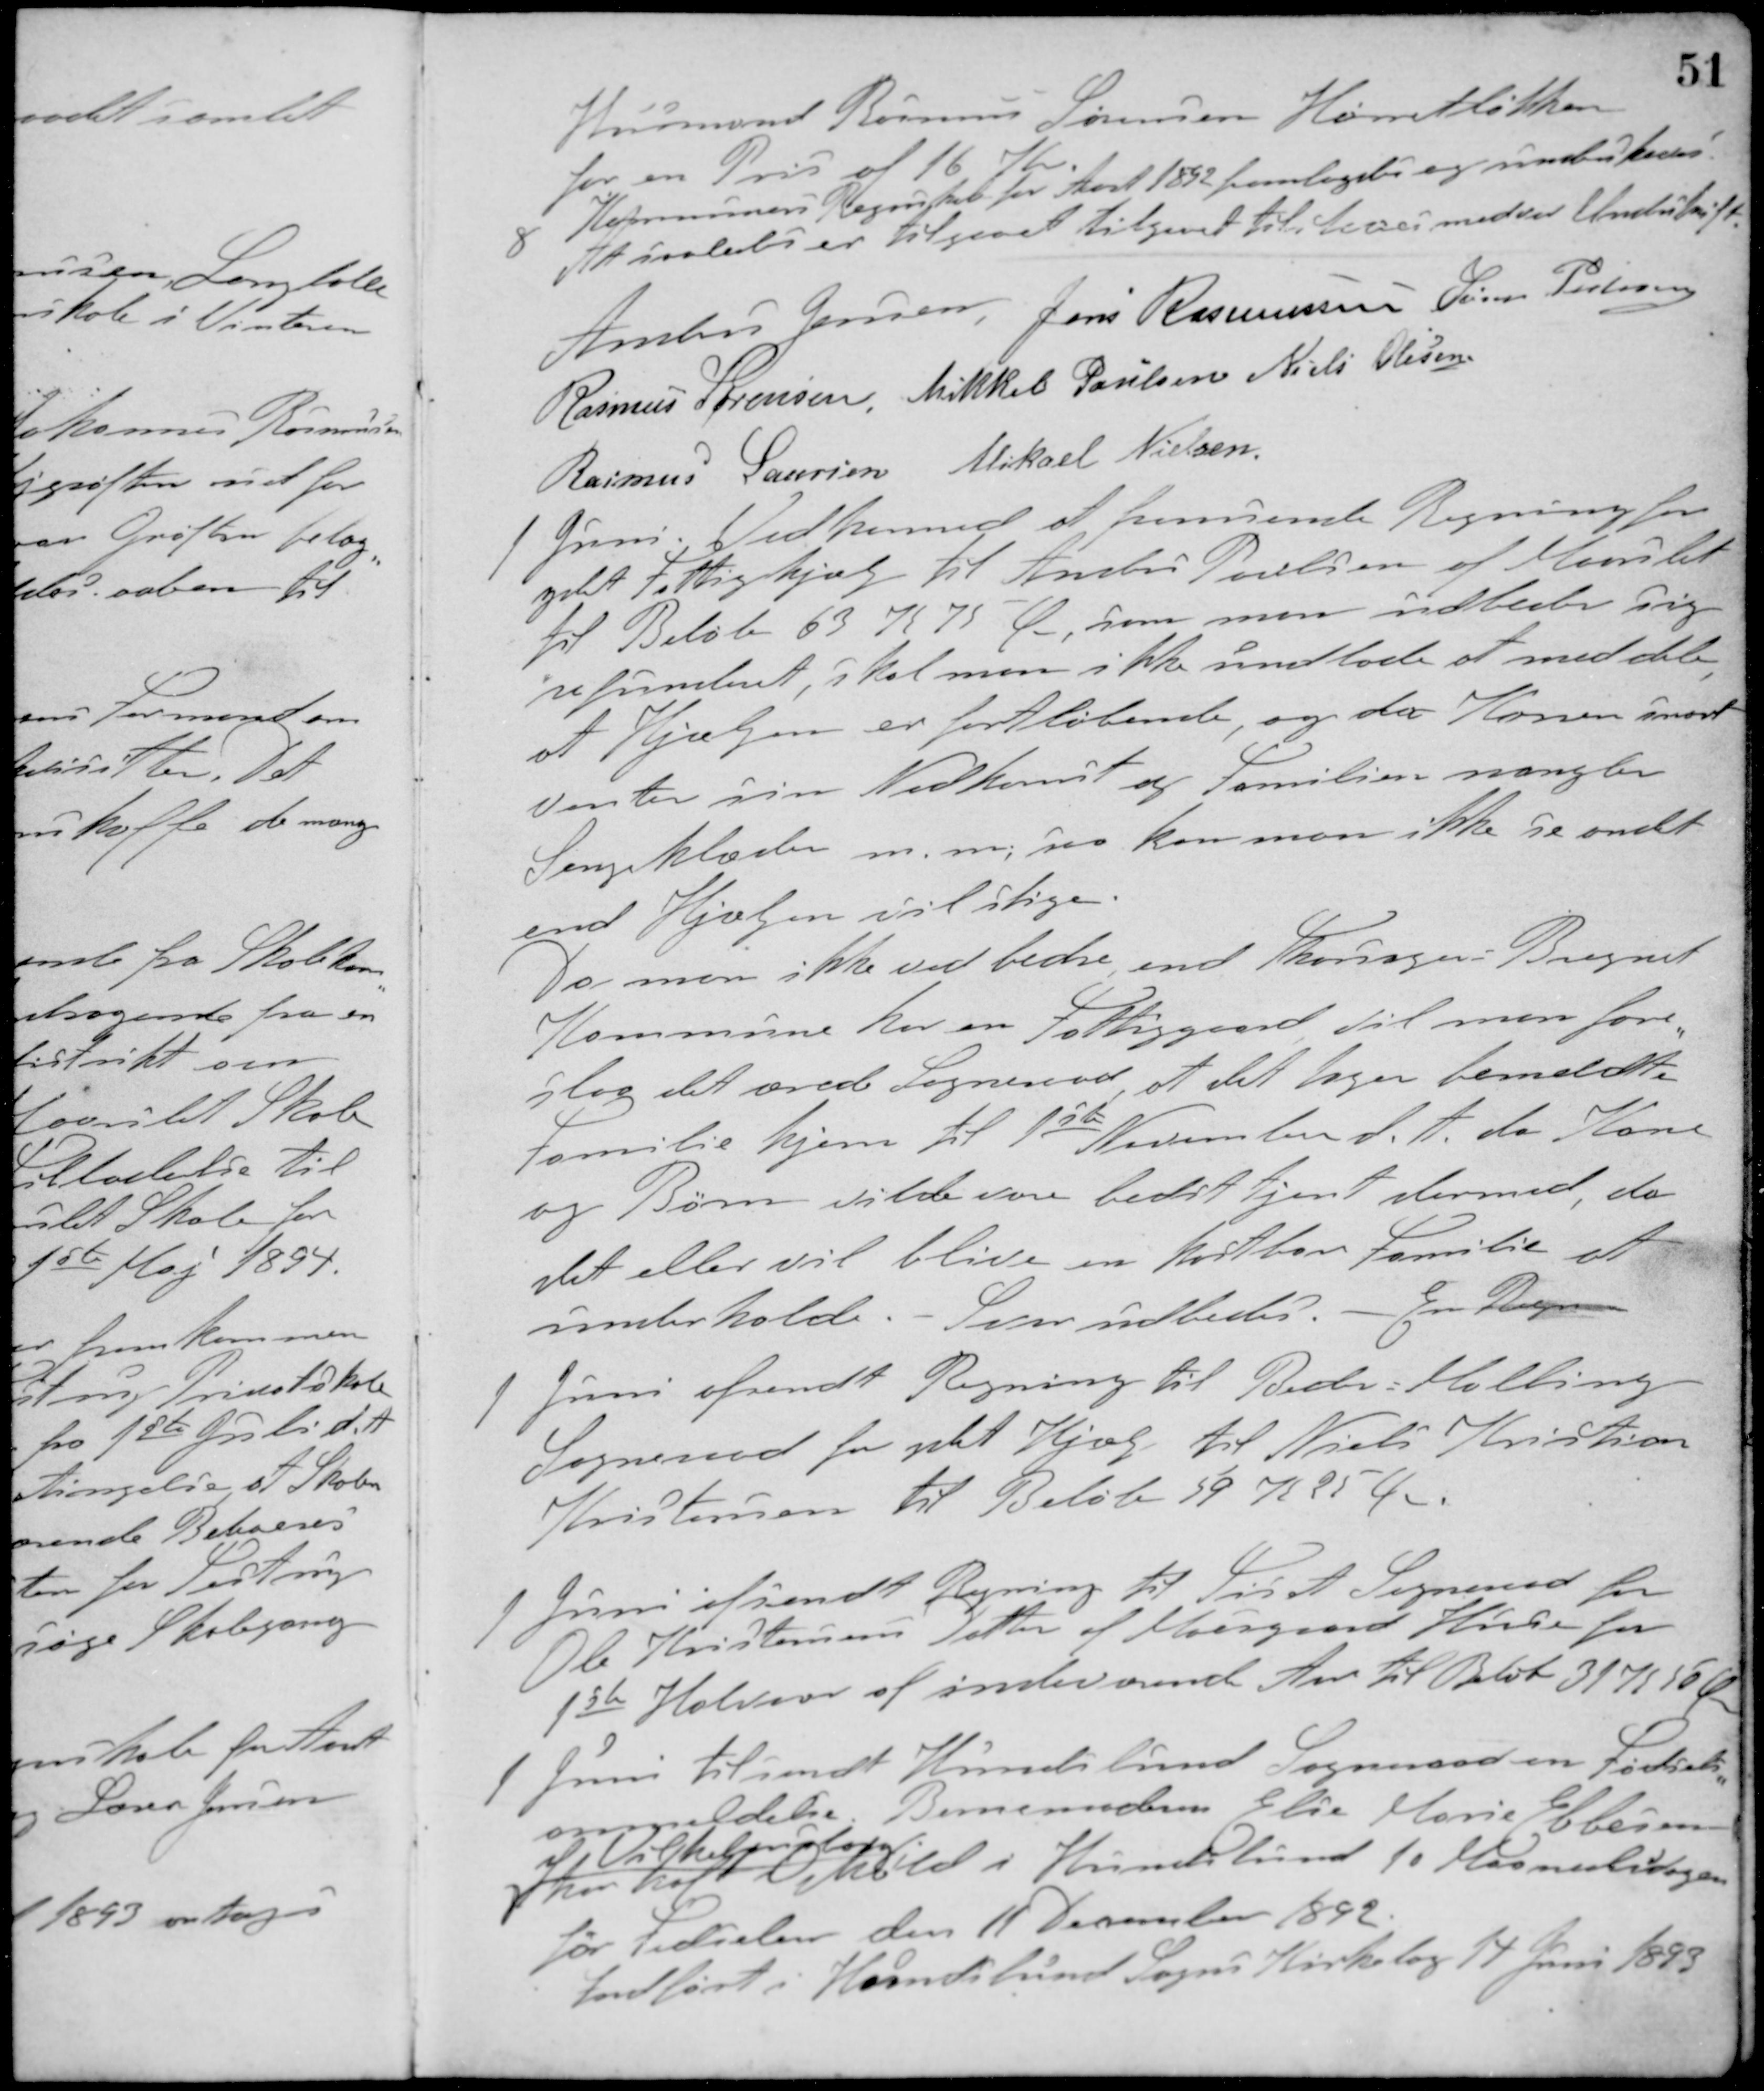
Transskription:
Husmand Rasmus Sørensen Hørretløkken
for en Pris af 16 Kr.
8
Kommunens Regnskab for Aaret 1892 fremlagdes og underskreves
At saaledes er tilgaaet tilgaaet tilstaaes med vor Underskrift
Anders Jensen Jens Rasmussen Søren Pedersen
Rasmus Sørensen Mikkel Poulsen Niels Olesen
Rasmus Laursen Mikael Nielsen
1 Juni. Ved hermed at fremsende Regning for
ydet Fattighjælp til Anders Poulsen af Maarslet
til Beløb 63 K 75 Ø, som man udbeder sig
refunderet, skal man ikke undlade at meddele
at Hjælpen er fortløbende, og da Konen snarest
Venter sin Nedkomst og Familien mangler
Sengeklæder m.m. kan man ikke se andet
end Hjælpen vil stige.
Da man ikke ved bedre, end Thorsager-Bregnet
Kommune har en Fattiggaard vil man fore-
slaa det ærede Sogneraad, at det tager bemeldte
Familie hjem til 1ste November d. A. da Kone
og Børn vilde være bedst tjent dermed, da
det eller vil blive en kostbar Familie, at
underholde. - Svar udbedes. - En Dagn
1 Juni afsendt Regning til Beder-Malling
Sogneraad for ydet Hjælp til Niels Kristian
Kristensen til Beløb 59 K 25 Ør.
1 Juni afsendt Regning til Tiset Sogneraad for
Ole Kristensens Datter af Moesgaard Huse for
1ste Halvaar af indeværende Aar til Beløb 31 K 50 Ø
1 Juni tilsendt Hundslund Sogneraad en Fødsels-
anmeldelse. Barnemoderen Else Marie Ebbesen
af Vilhelmsborg
har haft Ophold i Hundslund 10 Maanedersdagen
før Fødselen den 11 December 1892.
Indført i Hundslund Sogns Kirkebog 14 Juni 1893